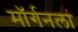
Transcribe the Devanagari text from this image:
मॉर्गनला